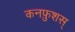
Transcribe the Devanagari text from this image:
कनफ़ुशस्